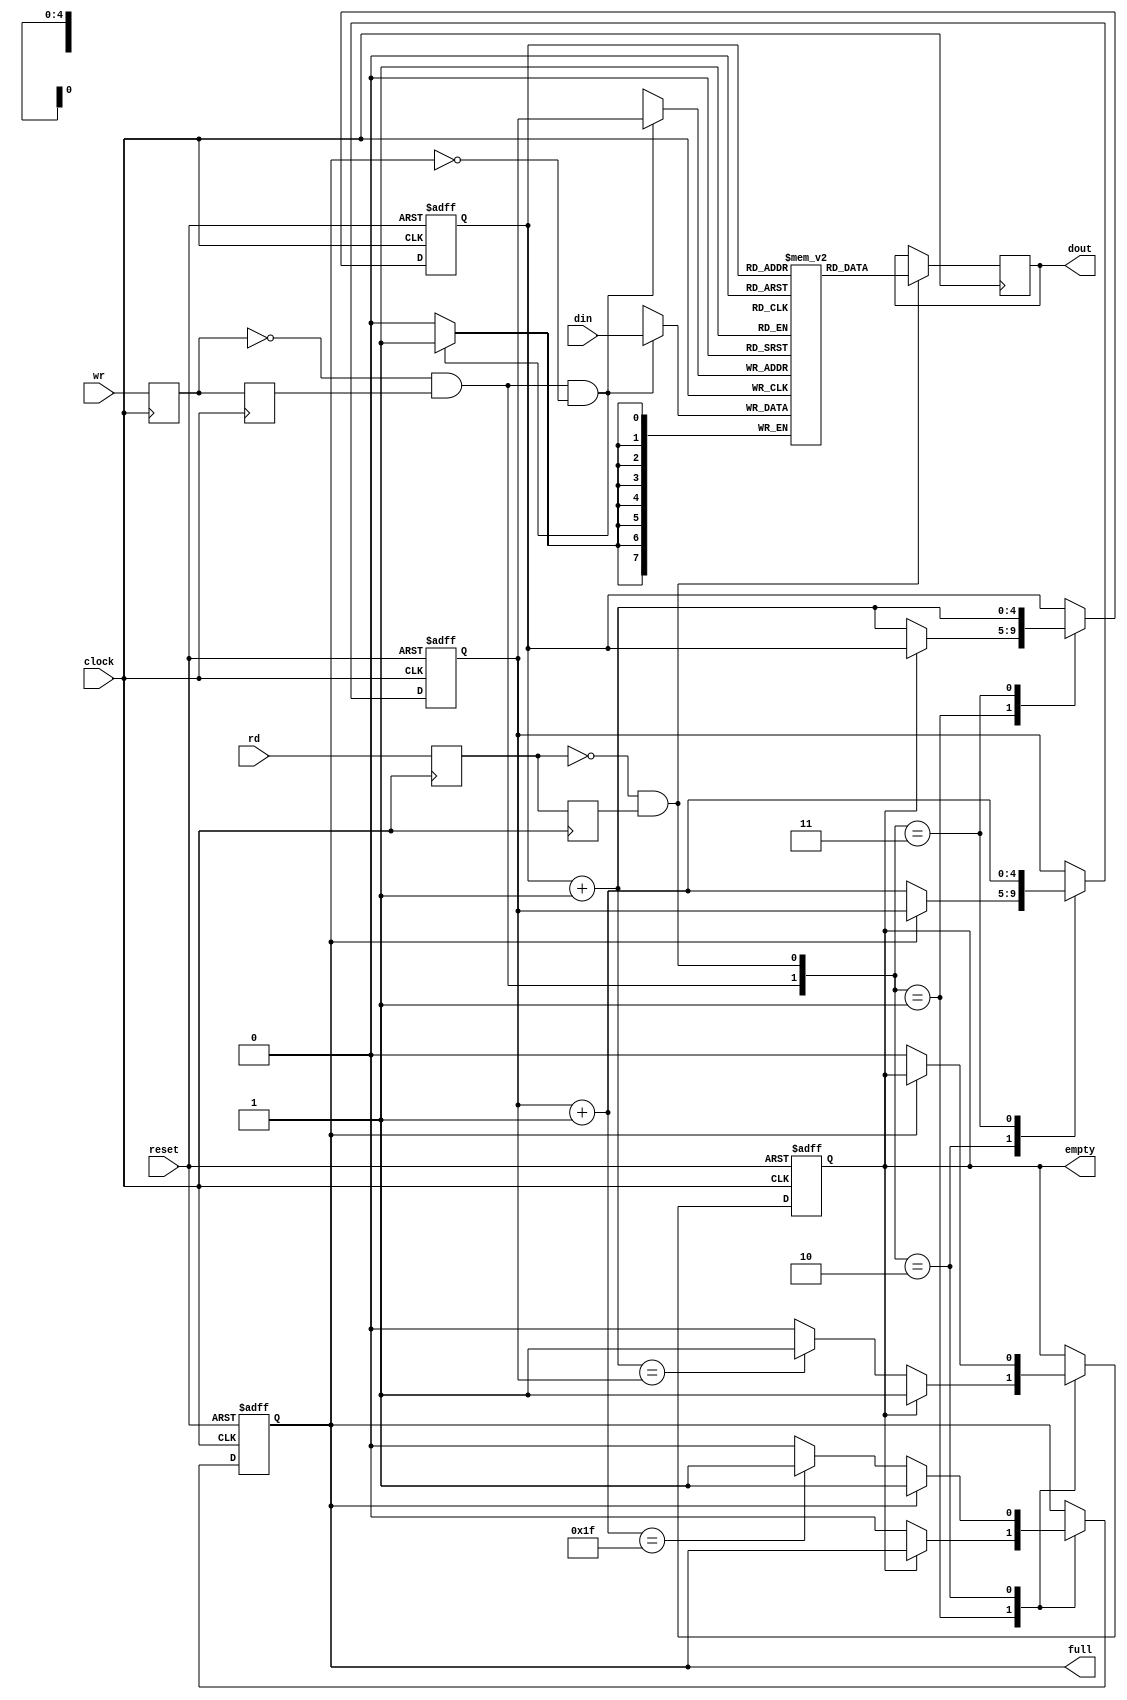
module fifo_44 # (parameter abits = 5, dbits = 8)(
    input  reset, clock,
    input  rd, wr,
    input  [dbits-1:0] din,
    output [dbits-1:0] dout,
    output empty,
    output full
    );
wire db_wr, db_rd;
reg dffw1, dffw2, dffr1, dffr2;
reg [dbits-1:0] out;
always @ (posedge clock) dffw1 <= wr; 
always @ (posedge clock) dffw2 <= dffw1;
assign db_wr = ~dffw1 & dffw2; 
always @ (posedge clock) dffr1 <= rd;
always @ (posedge clock) dffr2 <= dffr1;
assign db_rd = ~dffr1 & dffr2; 
reg [dbits-1:0] regarray[2**abits-1:0]; 
reg [abits-1:0] wr_reg, wr_next, wr_succ; 
reg [abits-1:0] rd_reg, rd_next, rd_succ; 
reg full_reg, empty_reg, full_next, empty_next;
assign wr_en = db_wr & ~full; 
always @ (posedge clock)
 begin
  if(wr_en)
   regarray[wr_reg] <= din;  
 end
always @ (posedge clock)
 begin
  if(db_rd)
   out <= regarray[rd_reg];
 end
always @ (posedge clock or posedge reset)
 begin
  if (reset)
   begin
   wr_reg <= 0;
   rd_reg <= 0;
   full_reg <= 1'b0;
   empty_reg <= 1'b1;
   end
  else
   begin
   wr_reg <= wr_next; 
   rd_reg <= rd_next;
   full_reg <= full_next;
   empty_reg <= empty_next;
   end
 end
always @(*)
 begin
  wr_succ = wr_reg + 1; 
  rd_succ = rd_reg + 1; 
  wr_next = wr_reg;  
  rd_next = rd_reg;  
  full_next = full_reg;  
  empty_next = empty_reg;  
   case({db_wr,db_rd})
    2'b01: 
     begin
      if(~empty) 
       begin
        rd_next = rd_succ;
        full_next = 1'b0;
       if(rd_succ == wr_reg) 
         empty_next = 1'b1;  
       end
     end
2'b10: 
     begin
      if(~full) 
       begin
        wr_next = wr_succ;
        empty_next = 1'b0;
        if(wr_succ == (2**abits-1)) 
         full_next = 1'b1;   
       end
     end
    2'b11: 
     begin
      wr_next = wr_succ;
      rd_next = rd_succ;
     end
    endcase
 end
assign full = full_reg;
assign empty = empty_reg;
assign dout = out;
endmodule